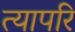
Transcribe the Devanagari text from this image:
त्यापरि